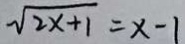
\sqrt { 2 x + 1 } = x - 1